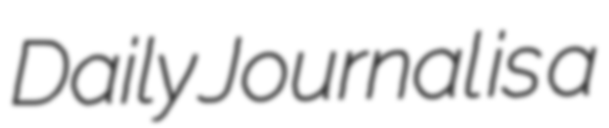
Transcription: Daily Journal is a